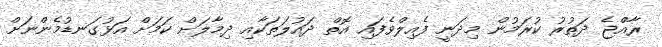
ރާއްޖެ ދަތުރު ކުރަމުން މިދަނީ ފެއިލްވެފައި އޮތް ދައުލަތަކާއި ދިމާލަށް ކަމަށް އަޅުގަނޑުމެންނަށް